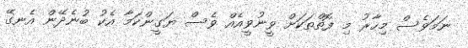
ނަމަވެސް މިހާރު މި ފޮތްތަކަށް ވީނުވީއެއް ވެސް ޔަގީންކަމާ އެކު ބުނެދޭން އެނގޭ